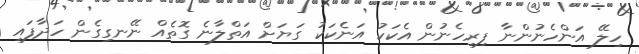
ހިލޭ އަންހެނުންނާ ފިރިހެނުން އެކަކު އަނެކަކު ގަޔަށް އަތްލާނެ ގޮތެއް ނޭނގިގެން ހަދާފައި